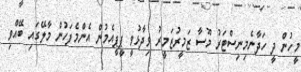
މީހުން ދީ ހަދާނެމިނިސްޓަރު މޫސާ ޒަމީރުޒަމީރު ވިދާޅުވީ ޕީޕީއެމުން އެންމެފަހުން މާލޭގައި ބޭއްވި